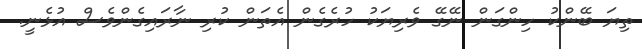
ތިޔަ ބޭންކު ހިންގަން ނޭގޭ ވެރިޔަކު ހުރެގެން އެތަން ކުރި ނާރައިގެންވެސް އުޅެނީ.